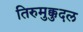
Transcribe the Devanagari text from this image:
तिरुमुक्कुदल